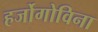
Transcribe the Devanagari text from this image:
हर्जोगोविना